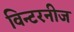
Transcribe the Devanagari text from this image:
विन्टरनीज